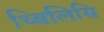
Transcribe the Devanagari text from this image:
थ्बिलिसि